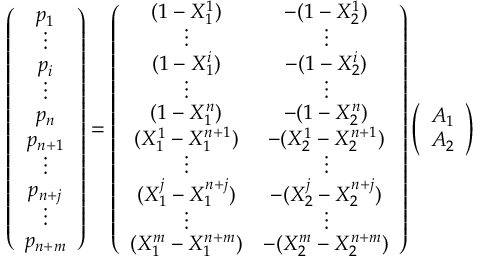
\left( \begin{array} { c } { p _ { 1 } } \\ { \vdots } \\ { p _ { i } } \\ { \vdots } \\ { p _ { n } } \\ { p _ { n + 1 } } \\ { \vdots } \\ { p _ { n + j } } \\ { \vdots } \\ { p _ { n + m } } \end{array} \right) = \left( \begin{array} { c c } { ( 1 - X _ { 1 } ^ { 1 } ) } & { - ( 1 - X _ { 2 } ^ { 1 } ) } \\ { \vdots } & { \vdots } \\ { ( 1 - X _ { 1 } ^ { i } ) } & { - ( 1 - X _ { 2 } ^ { i } ) } \\ { \vdots } & { \vdots } \\ { ( 1 - X _ { 1 } ^ { n } ) } & { - ( 1 - X _ { 2 } ^ { n } ) } \\ { ( X _ { 1 } ^ { 1 } - X _ { 1 } ^ { n + 1 } ) } & { - ( X _ { 2 } ^ { 1 } - X _ { 2 } ^ { n + 1 } ) } \\ { \vdots } & { \vdots } \\ { ( X _ { 1 } ^ { j } - X _ { 1 } ^ { n + j } ) } & { - ( X _ { 2 } ^ { j } - X _ { 2 } ^ { n + j } ) } \\ { \vdots } & { \vdots } \\ { ( X _ { 1 } ^ { m } - X _ { 1 } ^ { n + m } ) } & { - ( X _ { 2 } ^ { m } - X _ { 2 } ^ { n + m } ) } \end{array} \right) \left( \begin{array} { c } { A _ { 1 } } \\ { A _ { 2 } } \end{array} \right)